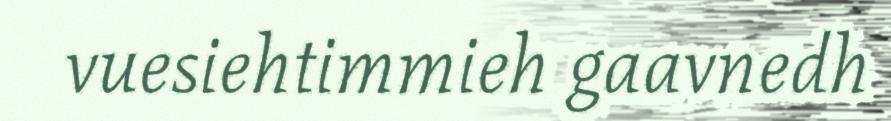
vuesiehtimmieh gaavnedh